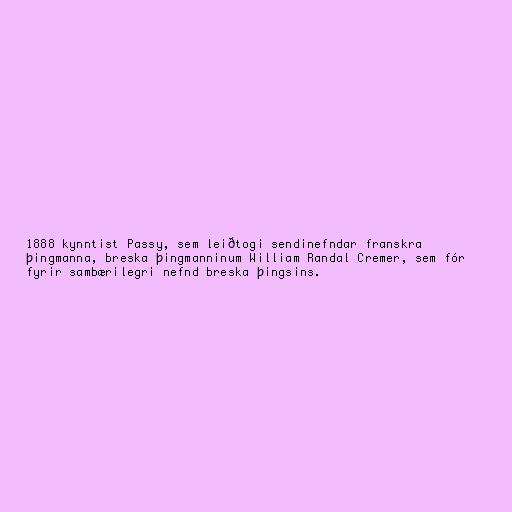
1888 kynntist Passy, sem leiðtogi sendinefndar franskra
þingmanna, breska þingmanninum William Randal Cremer, sem fór
fyrir sambærilegri nefnd breska þingsins.